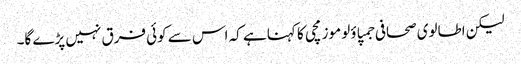
لیکن اطالوی صحافی جمپاؤلو موزمچی کا کہنا ہے کہ اس سے کوئی فرق نہیں پڑے گا۔